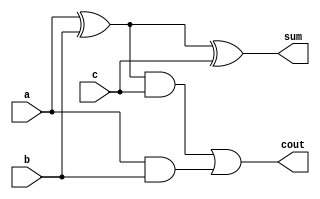
module full_adder(sum,cout,a,b,c);
  output sum,cout;
  input a,b,c;
  wire y1,y2,y3,y4;
  xor g1(y1,a,b);
  and g2(y2,a,b);
  xor g3(sum,y1,c);
  and g4(y3,y1,c);
  or g5(cout,y3,y2);
endmodule

module parallel_adder(s3,s2,s1,s0,c4,c3,c2,c1,c0,a3,a2,a1,a0,b3,b2,b1,b0);
  output s3,s2,s1,s0,c4,c3,c2,c1;
  input a3,a2,a1,a0,b3,b2,b1,b0,c0;
  full_adder fa1(s0,c1,a0,b0,c0);
  full_adder fa2(s1,c2,a1,b1,c1);
  full_adder fa3(s2,c3,a2,b2,c2);
  full_adder fa4(s3,c4,a3,b3,c3);
endmodule